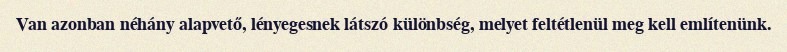
Van azonban néhány alapvető, lényegesnek látszó különbség, melyet feltétlenül meg kell említenünk.